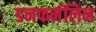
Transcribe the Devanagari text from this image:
डनफर्मलिन